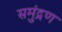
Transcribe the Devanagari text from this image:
समुंद्रण